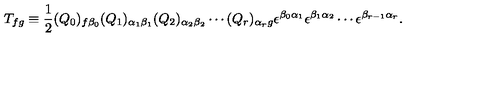
T _ { f g } \equiv \frac { 1 } { 2 } ( Q _ { 0 } ) _ { f \beta _ { 0 } } ( Q _ { 1 } ) _ { \alpha _ { 1 } \beta _ { 1 } } ( Q _ { 2 } ) _ { \alpha _ { 2 } \beta _ { 2 } } \cdots ( Q _ { r } ) _ { \alpha _ { r } g } \epsilon ^ { \beta _ { 0 } \alpha _ { 1 } } \epsilon ^ { \beta _ { 1 } \alpha _ { 2 } } \cdots \epsilon ^ { \beta _ { r - 1 } \alpha _ { r } } .